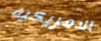
الامريكيه